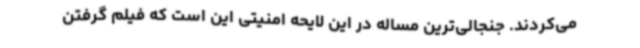
می‌کردند. جنجالی‌ترین مساله در این لایحه امنیتی این است که فیلم گرفتن